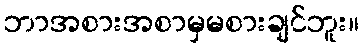
ဘာအစားအစာမှမစားချင်ဘူး။